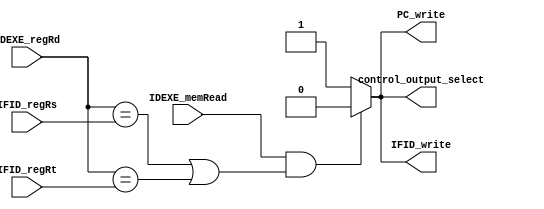
`timescale 1ns/1ps
module Hazard_detection(
    input [4:0] IFID_regRs,
    input [4:0] IFID_regRt,
    input [4:0] IDEXE_regRd,
    input IDEXE_memRead,
    output reg PC_write,
    output reg IFID_write,
    output reg control_output_select
);
// load/use hazard detection
/* Write your code HERE */
always @* begin
    if(IDEXE_memRead==1'b1 && (IDEXE_regRd == IFID_regRs || IDEXE_regRd == IFID_regRt))begin
        PC_write = 1'b0;
        IFID_write = 1'b0;
        control_output_select = 1'b0; // MUXControl
    end else begin
        PC_write = 1'b1;
        IFID_write = 1'b1;
        control_output_select = 1'b1; // MUXControl
    end         
end
endmodule